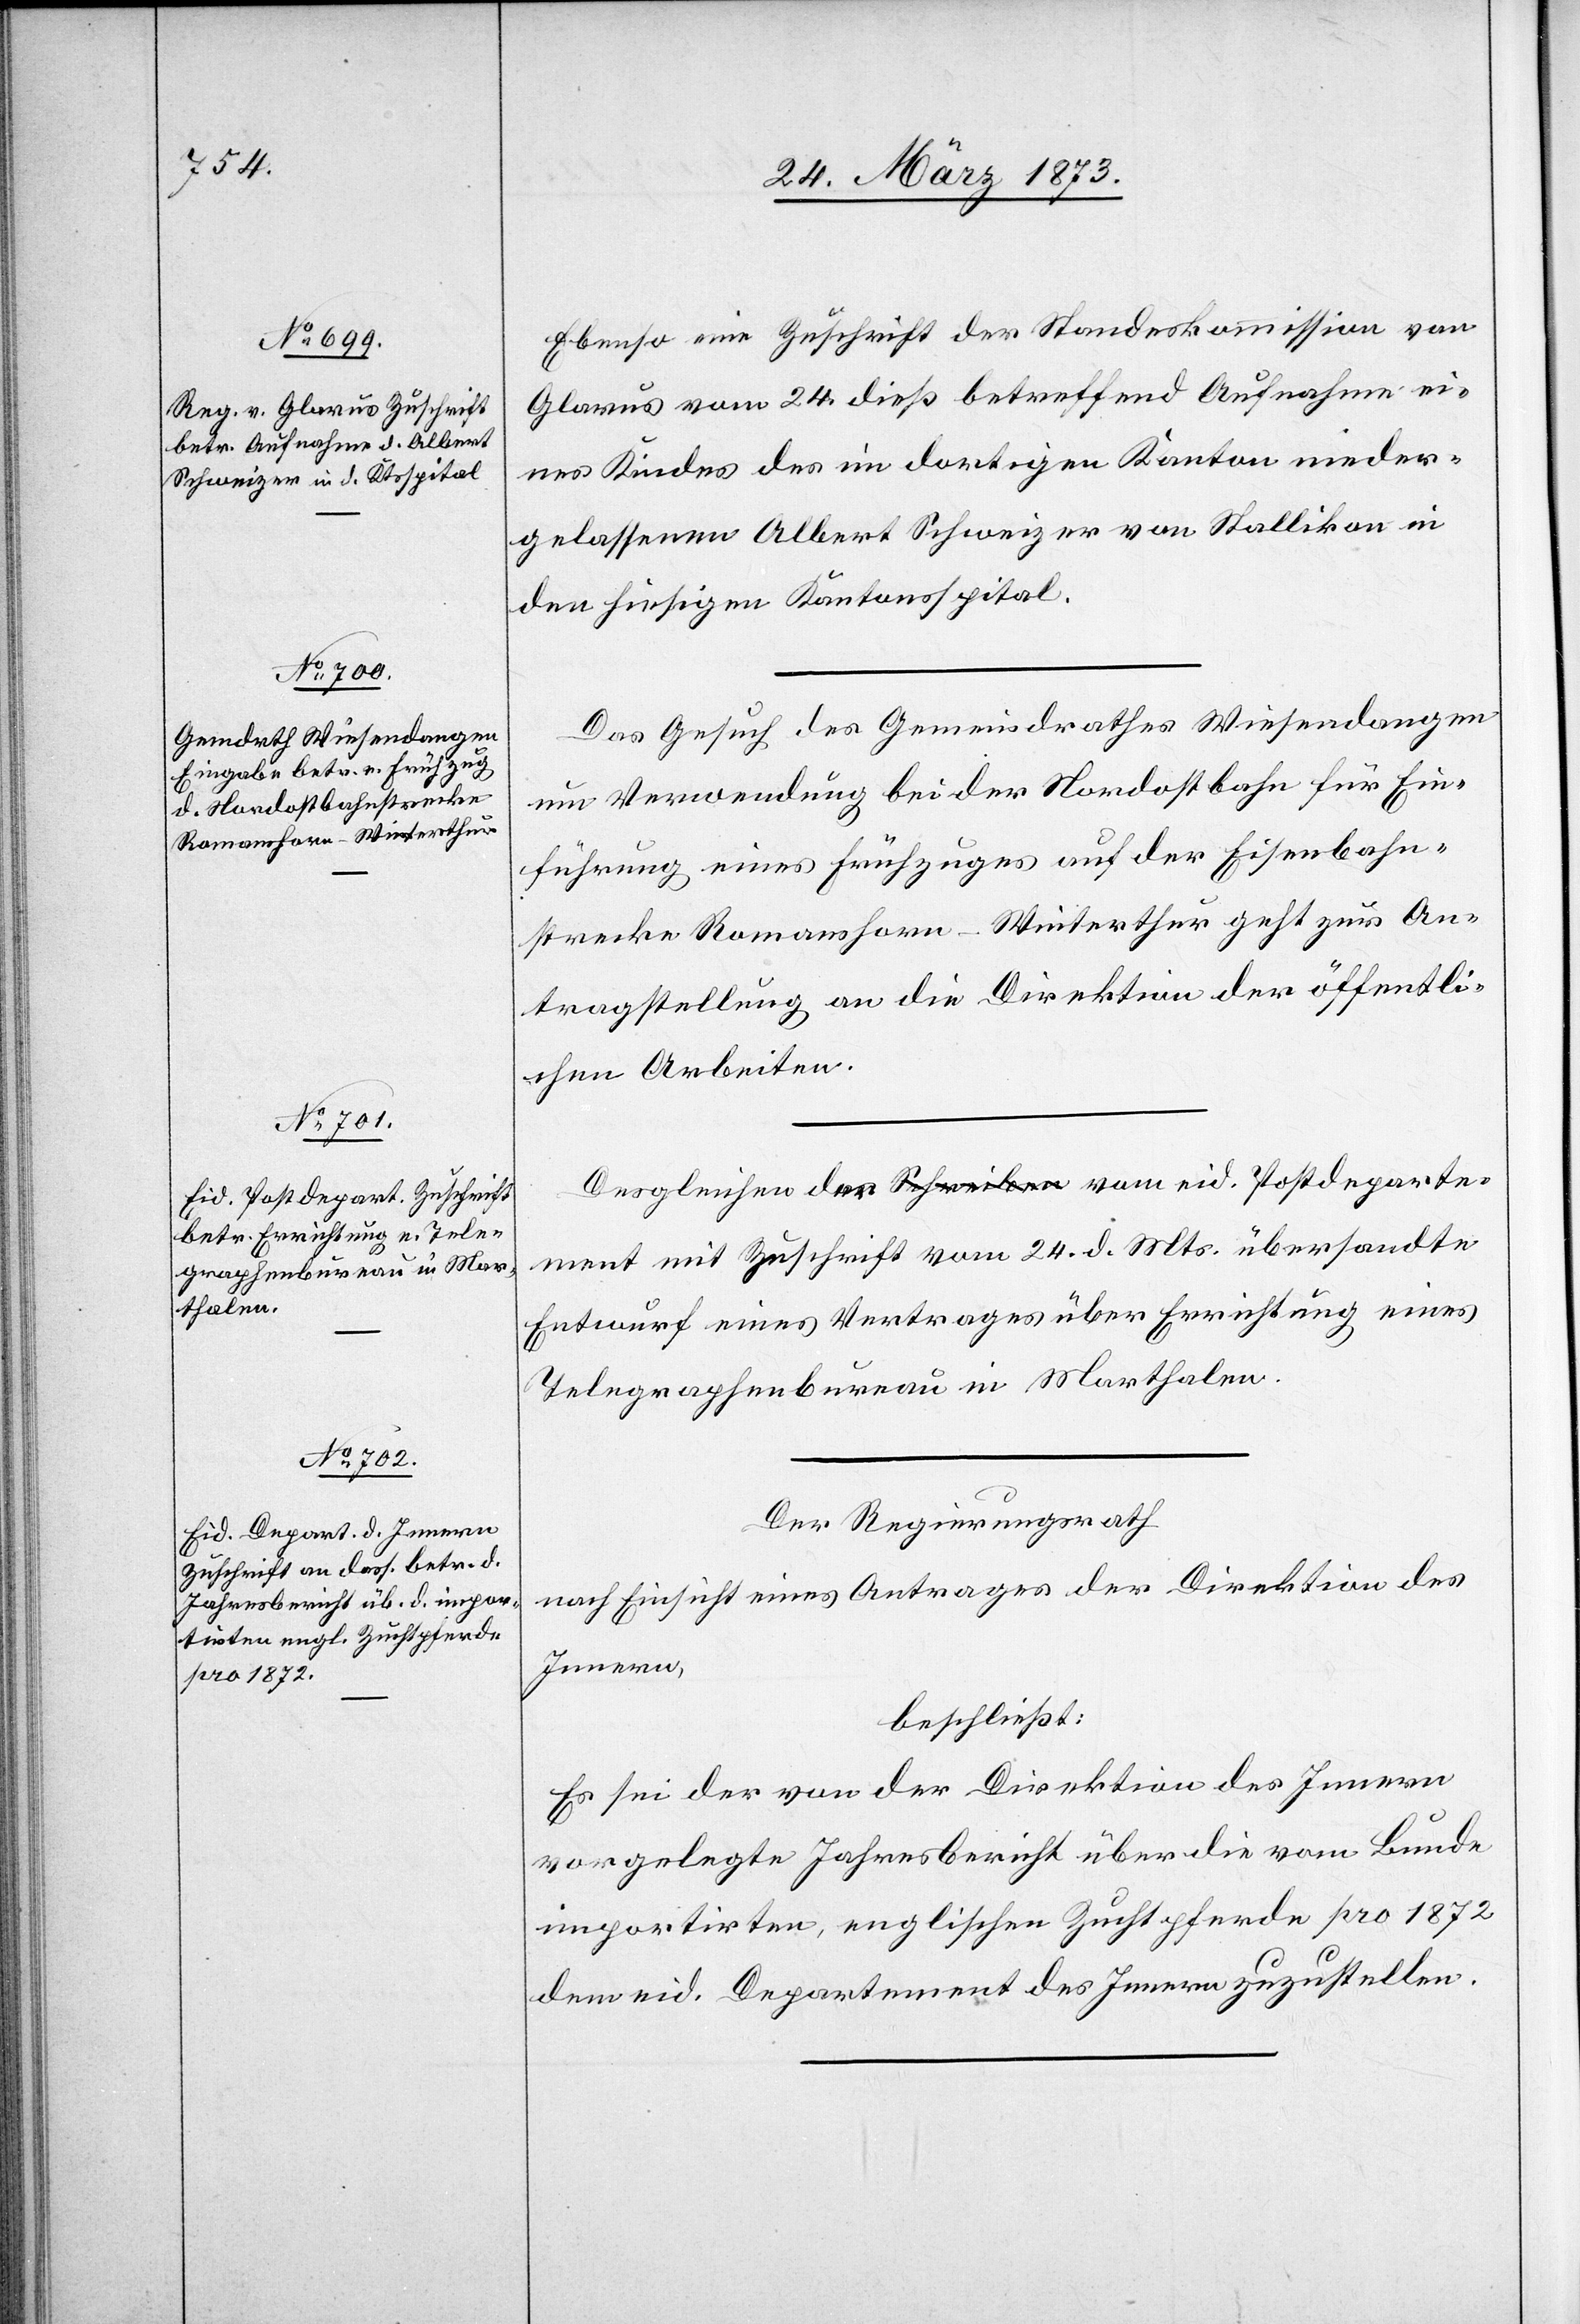
26. März 1873.]
Ebenso eine Zuschrift der Standeskommission von
Glarus vom 24. dieß betreffend Aufnahme ei¬
nes Kindes des im dortigen Kanton nieder¬
gelassenen Albert Schweizer von Stallikon in
den hiesigen Kantonsspital.
Das Gesuch des Gemeindrathes Wiesendangen
um Verwendung bei der Nordostbahn für Ein¬
führung eines Frühzuges auf der Eisenbahn¬
strecke Romanshorn–Winterthur geht zur An¬
tragstellung an die Direktion der öffentli¬
chen Arbeiten.
mit Zuschrift vom 24. d. Mts. übersandte
Entwurf eines Vertrages über Errichtung eines
Telegraphenbureau in Marthalen.
Der Regierungsrath
nach Einsicht eines Antrages der Direktion des
Innern,
beschließt:
Es sei der von der Direktion des Innern
vorgelegte Jahresbericht über die vom Bunde
importirten, englischen Zuchtpferde pro 1872
dem eid. Departement des Innern zuzustellen.